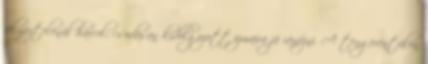
félmeztelenül harcol, csodásan kidolgozott izmaira jó ránézni. A tengerentúlon